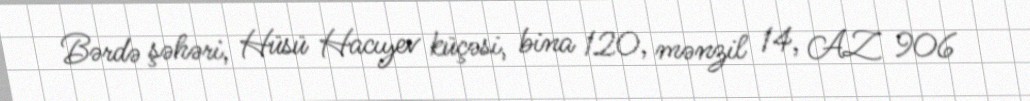
Bərdə şəhəri, Hüsü Hacıyev küçəsi, bina 120, mənzil 14, AZ 906